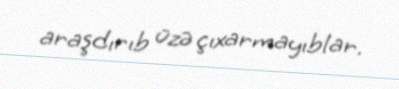
araşdırıb üzə çıxarmayıblar.